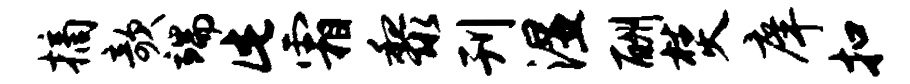
摘欹端此霜黎刊湿酬焚庠扣